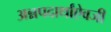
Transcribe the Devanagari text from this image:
अन्नपदार्थांऐवजी